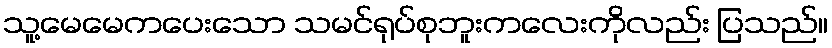
သူ့မေမေကပေးသော သမင်ရုပ်စုဘူးကလေးကိုလည်း ပြသည်။